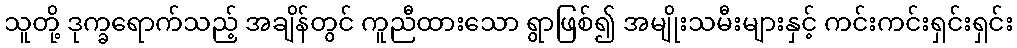
သူတို့ ဒုက္ခရောက်သည့် အချိန်တွင် ကူညီထားသော ရွာဖြစ်၍ အမျိုးသမီးများနှင့် ကင်းကင်းရှင်းရှင်း